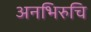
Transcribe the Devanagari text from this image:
अनभिरुचि